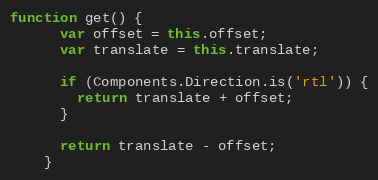
Language: JavaScript
function get() {
      var offset = this.offset;
      var translate = this.translate;

      if (Components.Direction.is('rtl')) {
        return translate + offset;
      }

      return translate - offset;
    }